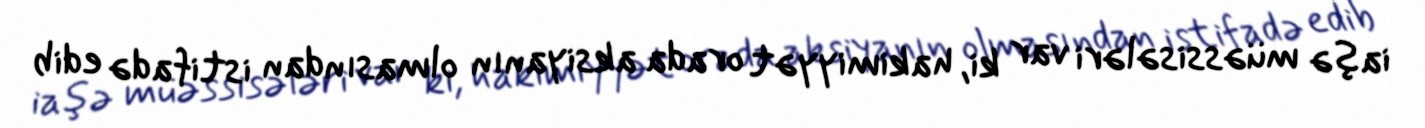
iaşə müəssisələri var ki, hakimiyyət orada aksiyanın olmasından istifadə edib